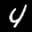
Label: 4